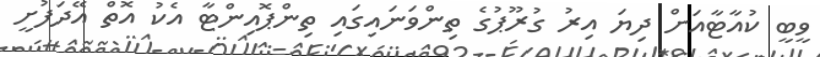
ވީބީ ކުއާޓާއަށް ދިޔަ އިރު ގުރޫޕުގެ ތިންވަނައިގައި ތިންޕޮއިންޓާ އެކު އޮތް އޭދަފުށީ